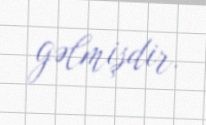
gəlmişdir.